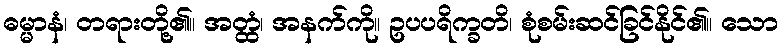
ဓမ္မာနံ၊ တရားတို့၏။ အတ္ထံ၊ အနက်ကို။ ဥပပရိက္ခတိ၊ စုံစမ်းဆင်ခြင်နိုင်၏။ သော